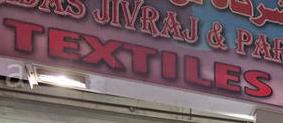
textiles